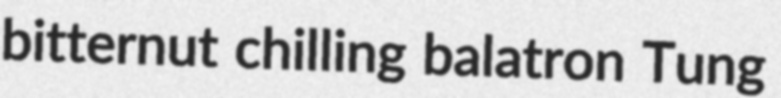
bitternut chilling balatron Tung